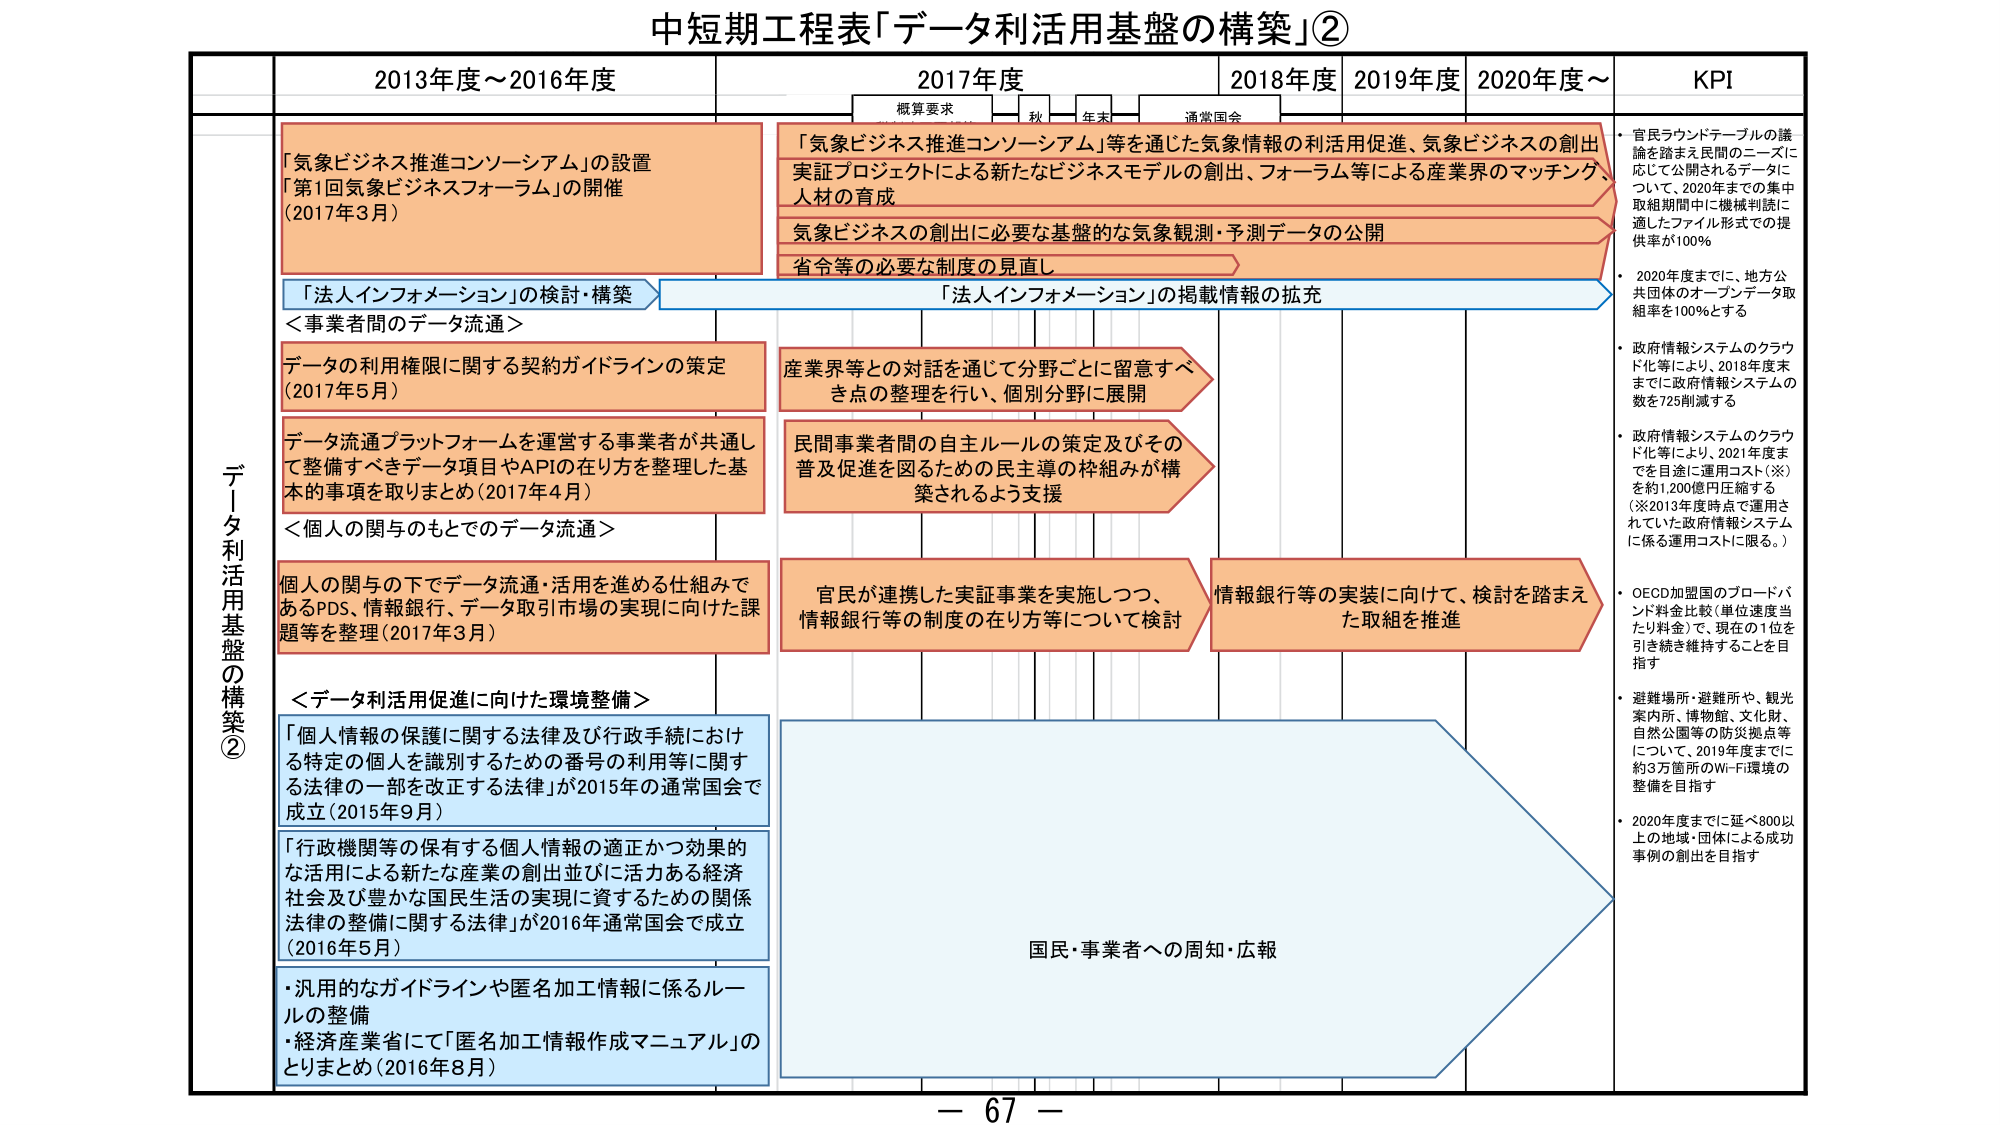
中短期工程表「データ利活用基盤の構築」②

2013年度～2016年度
2017年度
2018年度
2019年度
2020年度～
KPI

概算要求
秋
年末
通常国会

データ利活用基盤の構築②

「気象ビジネス推進コンソーシアム」の設置
「第1回気象ビジネスフォーラム」の開催
（2017年3月）

「法人インフォメーション」の検討・構築
＜事業者間のデータ流通＞

データの利用権限に関する契約ガイドラインの策定
（2017年5月）

データ流通プラットフォームを運営する事業者が共通して整備すべきデータ項目やAPIの在り方を整理した基本的事項を取りまとめ（2017年4月）

＜個人の関与のもとでのデータ流通＞

個人の関与の下でデータ流通・活用を進める仕組みであるPDS、情報銀行、データ取引市場の実現に向けた課題等を整理（2017年3月）

＜データ利活用促進に向けた環境整備＞

「個人情報の保護に関する法律及び行政手続における特定の個人を識別するための番号の利用等に関する法律の一部を改正する法律」が2015年の通常国会で成立（2015年9月）

「行政機関等の保有する個人情報の適正かつ効果的な活用による新たな産業の創出並びに活力ある经济社会及び豊かな国民生活の実現に資するための関係法律の整備に関する法律」が2016年通常国会で成立（2016年5月）

・汎用的なガイドラインや匿名加工情報に係るルールの整備
・経済産業省にて「匿名加工情報作成マニュアル」のとりまとめ（2016年8月）

「気象ビジネス推進コンソーシアム」等を通じた気象情報の利活用促進、気象ビジネスの創出
実証プロジェクトによる新たなビジネスモデルの創出、フォーラム等による産業界のマッチング、人材の育成

気象ビジネスの創出に必要な基盤的な気象観測・予測データの公開

省令等の必要な制度の見直し

「法人インフォメーション」の掲載情報の拡充

産業界等との対話を通じて分野ごとに留意すべき点の整理を行い、個別分野に展開

民間事業者間の自主ルールの策定及びその普及促進を図るための民主導の枠組みが構築されるよう支援

官民が連携した実証事業を実施しつつ、情報銀行等の制度の在り方等について検討

情報銀行等の実装に向けて、検討を踏まえた取組を推進

国民・事業者への周知・広報

・官民ラウンドテーブルの議論を踏まえ民間のニーズに応じて公開されるデータについて、2020年までの集中取組期間中に機械判読に適したファイル形式での提供率が100％

・2020年度までに、地方公共団体のオープンデータ取組率を100％とする

・政府情報システムのクラウド化等により、2018年度末までに政府情報システムの数を725削減する

・政府情報システムのクラウド化等により、2021年度末を目途に運用コスト（※）を約1,200億円圧縮する
（※2013年度時点で運用されていた政府情報システムに係る運用コストに限る。）

・OECD加盟国のブロードバンド料金比拠（単位速度当たり料金）で、現在の1位を引き続き維持することを目指す

・避難場所・避難所や、観光案内所、博物館、文化財、自然公園等の防災拠点等について、2019年度までに約3万箇所のWi-Fi環境の整備を目指す

・2020年度までに延べ800以上の地域・団体による成功事例の創出を目指す

－ 67 －